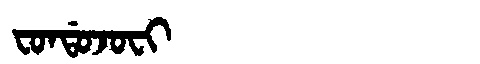
Manchu: ᠸᠣᠨᡩᠣᠵᠣᠸᡳ
Romanization: FONDOJOFI